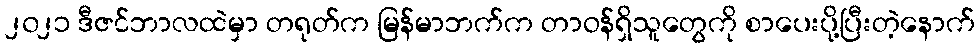
၂၀၂၁ ဒီဇင်ဘာလထဲမှာ တရုတ်က မြန်မာဘက်က တာဝန်ရှိသူတွေကို စာပေးပို့ပြီးတဲ့နောက်